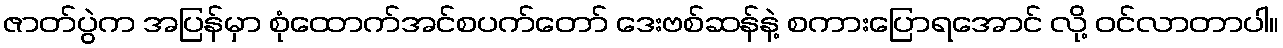
ဇာတ်ပွဲက အပြန်မှာ စုံထောက်အင်စပက်တော် ဒေးဗစ်ဆန်နဲ့ စကားပြောရအောင် လို့ ဝင်လာတာပါ။